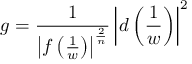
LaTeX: g = { \frac { 1 } { \left| f \left( { \frac { 1 } { w } } \right) \right| ^ { \frac { 2 } { n } } } } \left| d \left( { \frac { 1 } { w } } \right) \right| ^ { 2 }